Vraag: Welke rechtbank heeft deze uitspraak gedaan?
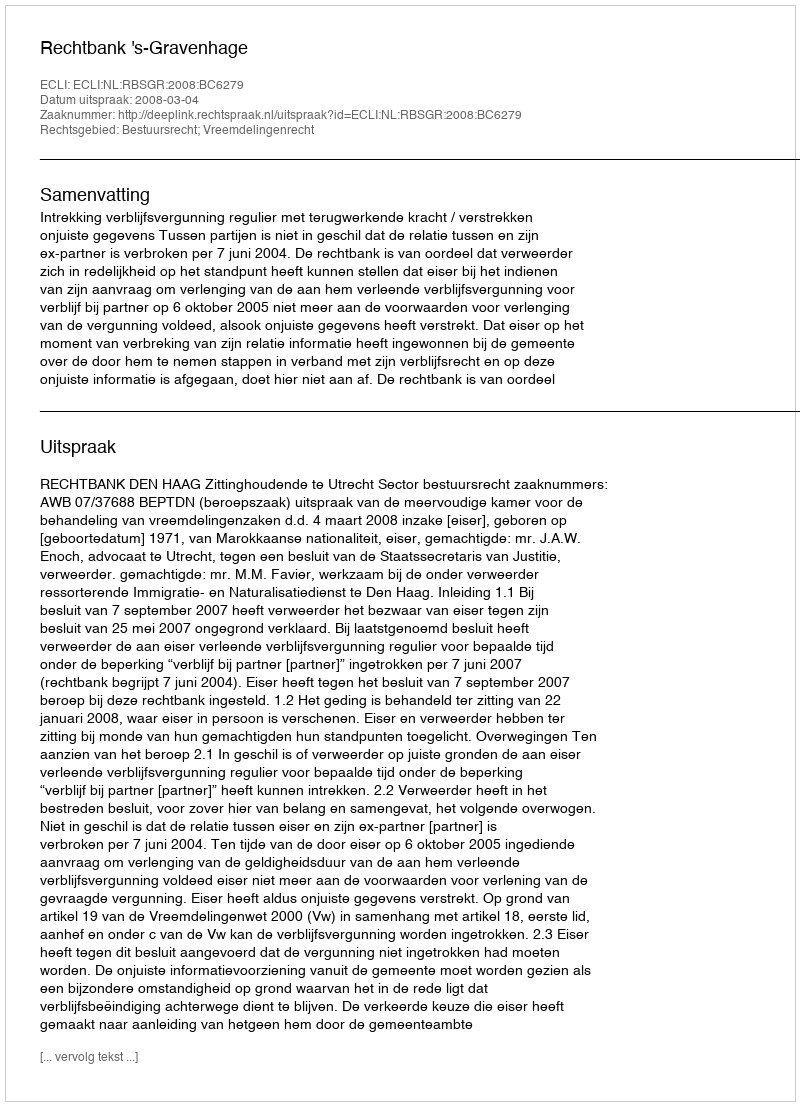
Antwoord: Rechtbank 's-Gravenhage